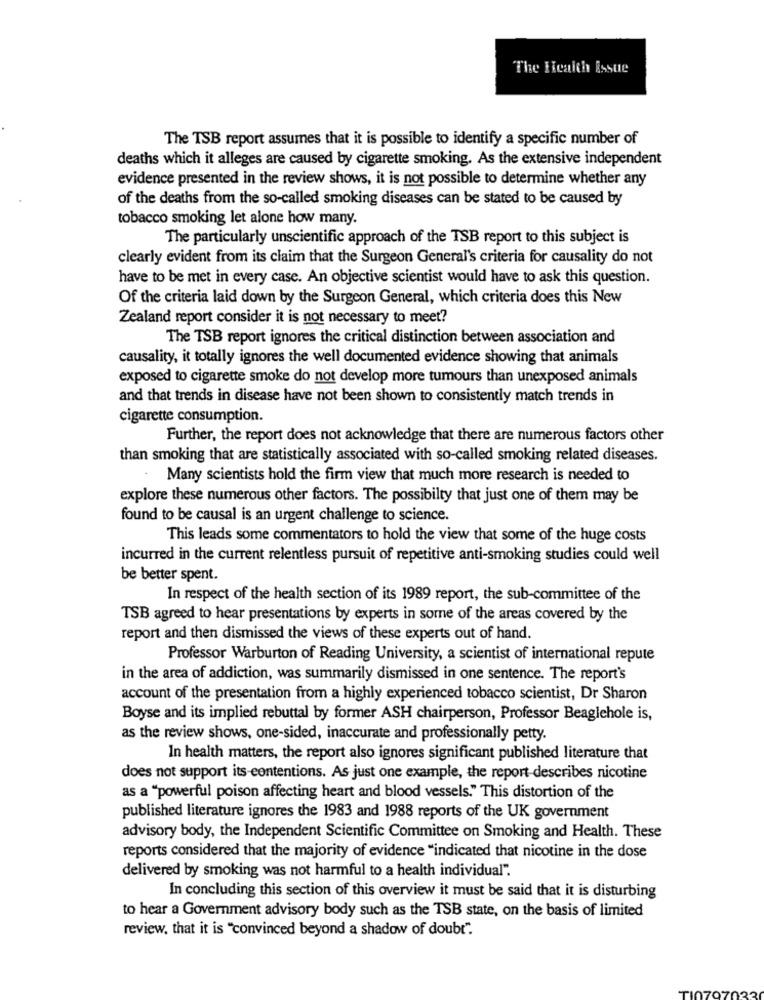
The Health Issue
The TSB report assumes that it is possible to identify a specific number of
deaths which it alleges are caused by cigarette smoking. As the extensive independent
evidence presented in the review shows, it is not possible to determine whether any
of the deaths from the so-called smoking diseases can be stated to be caused by
tobacco smoking let alone how many.
The particularly unscientific approach of the TSB report to this subject is
clearly evident from its claim that the Surgeon General's criteria for causality do not
have to be met in every case. An objective scientist would have to ask this question.
Of the criteria laid down by the Surgeon General, which criteria does this New
Zealand report consider it is not necessary to meet?
The TSB report ignores the critical distinction between association and
causality, it totally ignores the well documented evidence showing that animals
exposed to cigarette smoke do not develop more tumours than unexposed animals
and that trends in disease have not been shown to consistently match trends in
cigarette consumption.
Further, the report does not acknowledge that there are numerous factors other
than smoking that are statistically associated with so-called smoking related diseases.
Many scientists hold the firm view that much more research is needed to
explore these numerous other factors. The possibilty that just one of them may be
found to be causal is an urgent challenge to science.
This leads some commentators to hold the view that some of the huge costs
incurred in the current relentless pursuit of repetitive anti-smoking studies could well
be better spent.
In respect of the health section of its 1989 report, the sub-committee of the
TSB agreed to hear presentations by experts in some of the areas covered by the
report and then dismissed the views of these experts out of hand.
Professor Warburton of Reading University, a scientist of international repute
in the area of addiction, was summarily dismissed in one sentence. The report's
account of the presentation from a highly experienced tobacco scientist, Dr Sharon
Boyse and its implied rebuttal by former ASH chairperson, Professor Beaglehole is,
as the review shows, one-sided, inaccurate and professionally petty.
In health matters, the report also ignores significant published literature that
does not support its contentions. As just one example, the report describes nicotine
as a "powerful poison affecting heart and blood vessels." This distortion of the
published literature ignores the 1983 and 1988 reports of the UK government
advisory body, the Independent Scientific Committee on Smoking and Health. These
reports considered that the majority of evidence "indicated that nicotine in the dose
delivered by smoking was not harmful to a health individual".
In concluding this section of this overview it must be said that it is disturbing
to hear a Government advisory body such as the TSB state, on the basis of limited
review, that it is "convinced beyond a shadow of doubt".